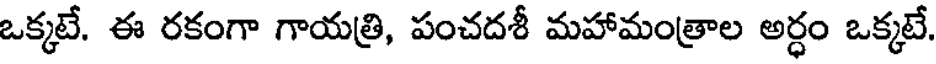
ఒక్కటే. ఈ రకంగా గాయత్రి, పంచదశీ మహామంత్రాల అర్ధం ఒక్కటే.